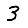
Digit: 3